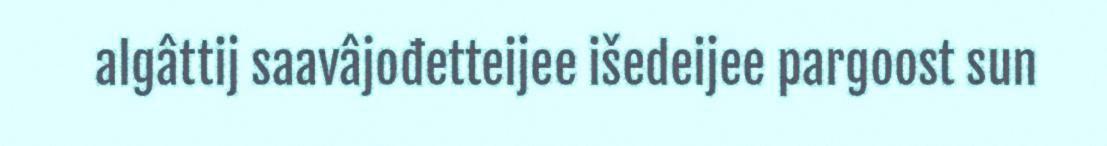
algâttij saavâjođetteijee išedeijee pargoost sun